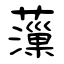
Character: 薻